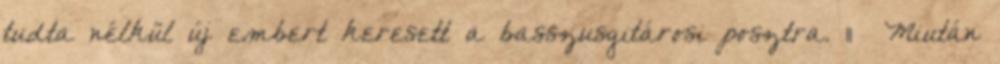
tudta nélkül új embert keresett a basszusgitárosi posztra. 11 Miután